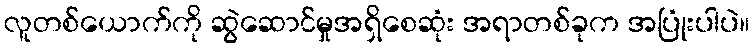
လူတစ်ယောက်ကို ဆွဲဆောင်မှုအရှိစေဆုံး အရာတစ်ခုက အပြုံးပါပဲ။